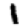
Digit: 1